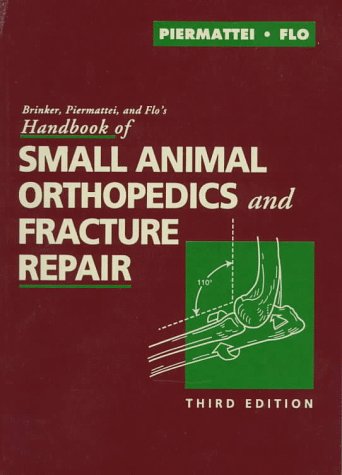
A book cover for Handbook of Small Animal Orthopedics and Fracture Repair; Donald L. Piermattei DVM  PhD; Medical Books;